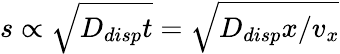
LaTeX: s\propto\sqrt{D_{disp}t}=\sqrt{D_{disp}x/v_{x}}